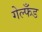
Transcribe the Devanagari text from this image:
गेल्फँड